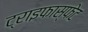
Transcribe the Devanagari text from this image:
ट्राइफास्फेट